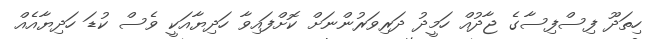
ހިތަދޫ ފިސްފިސާގެ ޖާދުއް ހަމީދު ދަރިވަރުންނަށް ކޮށްފައިވާ ހަދިޔާއަކީ ވެސް ކުޑަ ހަދިޔާއެއް